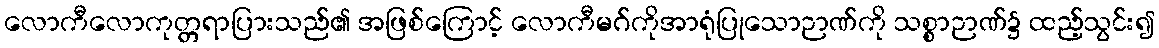
လောကီလောကုတ္တရာပြားသည်၏ အဖြစ်ကြောင့် လောကီမဂ်ကိုအာရုံပြုသောဉာဏ်ကို သစ္စာဉာဏ်၌ ထည့်သွင်း၍